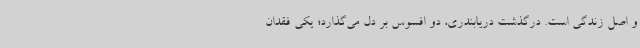
و اصل زندگی است. درگذشت دریابندری، دو افسوس بر دل می‌گذارد؛ یکی فقدان